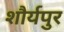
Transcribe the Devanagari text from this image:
शौर्यपुर